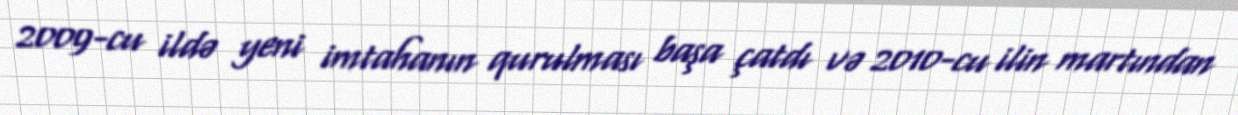
2009-cu ildə yeni imtahanın qurulması başa çatdı və 2010-cu ilin martından